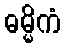
ဓမ္မိကံ